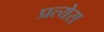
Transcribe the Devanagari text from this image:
प्रत्येस